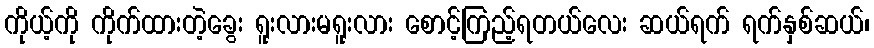
ကိုယ့်ကို ကိုက်ထားတဲ့ခွေး ရူးလားမရူးလား စောင့်ကြည့်ရတယ်လေး ဆယ်ရက် ရက်နှစ်ဆယ်၊